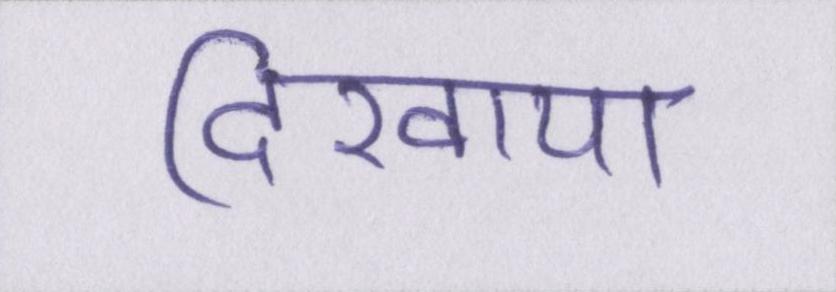
दिखाया